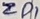
Text: ZD1